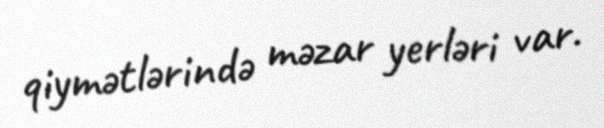
qiymətlərində məzar yerləri var.